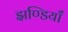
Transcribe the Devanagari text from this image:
झण्डियाँ